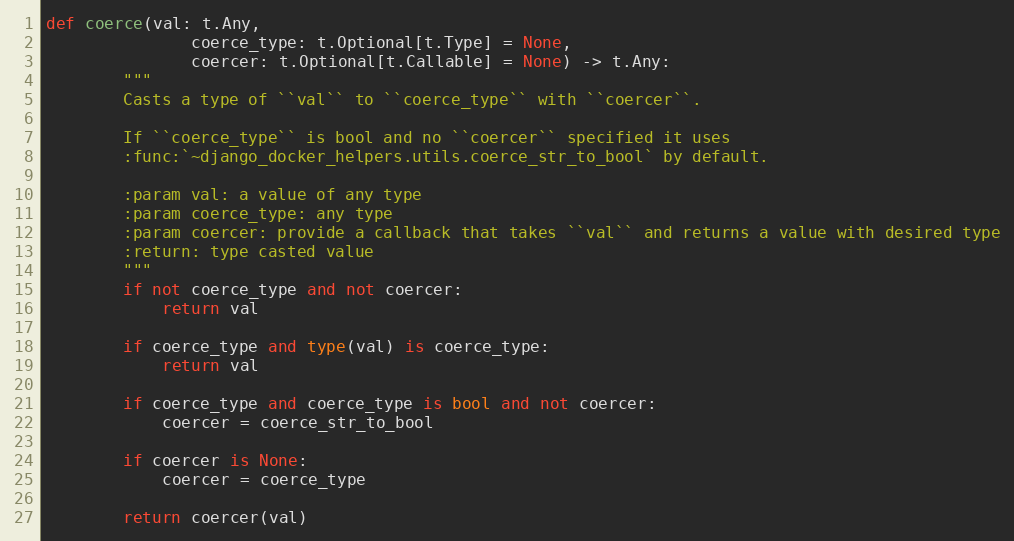
Language: Python
def coerce(val: t.Any,
               coerce_type: t.Optional[t.Type] = None,
               coercer: t.Optional[t.Callable] = None) -> t.Any:
        """
        Casts a type of ``val`` to ``coerce_type`` with ``coercer``.

        If ``coerce_type`` is bool and no ``coercer`` specified it uses
        :func:`~django_docker_helpers.utils.coerce_str_to_bool` by default.

        :param val: a value of any type
        :param coerce_type: any type
        :param coercer: provide a callback that takes ``val`` and returns a value with desired type
        :return: type casted value
        """
        if not coerce_type and not coercer:
            return val

        if coerce_type and type(val) is coerce_type:
            return val

        if coerce_type and coerce_type is bool and not coercer:
            coercer = coerce_str_to_bool

        if coercer is None:
            coercer = coerce_type

        return coercer(val)